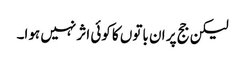
لیکن جج پر ان باتوں کا کوئی اثر نہیں ہوا۔